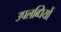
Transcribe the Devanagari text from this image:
उपलब्‍धियों